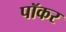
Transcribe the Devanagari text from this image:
पॉकर